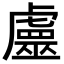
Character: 𧈀